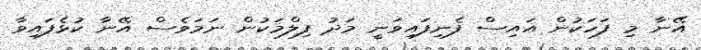
އޭނާ މި ފަހަކުން އައިސް ފެނިފައިވަނީ މަދު ފިލްމަކުން ނަމަވެސް އޭނާ ކުޅެފައިވާ